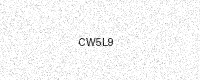
Text: CW5L9